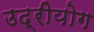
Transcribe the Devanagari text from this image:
उद्रीयोग